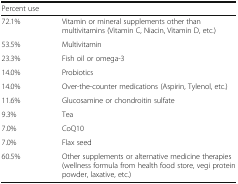
<table><thead><tr><td><b>Percent use</b></td><td></td></tr></thead><tbody><tr><td>72.1%</td><td>Vitamin or mineral supplements other than multivitamins (Vitamin C, Niacin, Vitamin D, etc.)</td></tr><tr><td>53.5%</td><td>Multivitamin</td></tr><tr><td>23.3%</td><td>Fish oil or omega-3</td></tr><tr><td>14.0%</td><td>Probiotics</td></tr><tr><td>14.0%</td><td>Over-the-counter medications (Aspirin, Tylenol, etc.)</td></tr><tr><td>11.6%</td><td>Glucosamine or chondroitin sulfate</td></tr><tr><td>9.3%</td><td>Tea</td></tr><tr><td>7.0%</td><td>CoQ10</td></tr><tr><td>7.0%</td><td>Flax seed</td></tr><tr><td>60.5%</td><td>Other supplements or alternative medicine therapies (wellness formula from health food store, vegi protein powder, laxative, etc.)</td></tr></tbody></table>